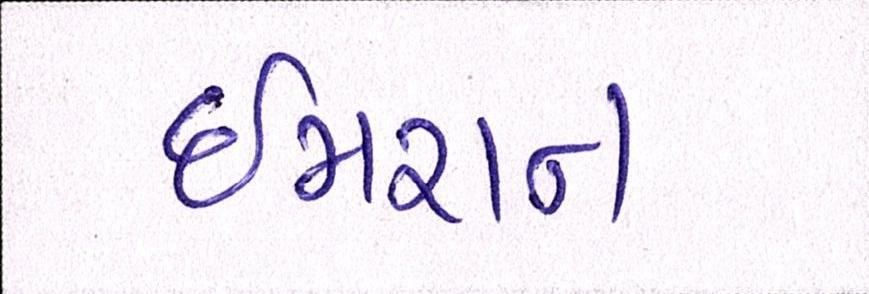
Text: ઈમરાન